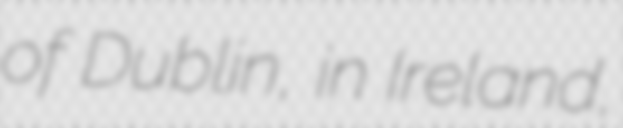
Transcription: of Dublin, in Ireland,